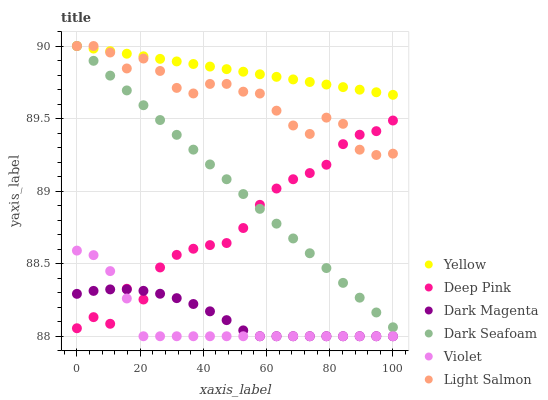
| xaxis_label | Yellow | Deep Pink | Dark Magenta | Dark Seafoam | Violet | Light Salmon |
 | --- | --- | --- | --- | --- | --- | --- |
 | 0 | 90 | 88.1 | 88.3 | 90 | 88.6 | 90 |
 | 5.26 | 90 | 88.1 | 88.3 | 89.9 | 88.6 | 90 |
 | 10.5 | 90 | 88.1 | 88.3 | 89.8 | 88.4 | 90 |
 | 15.8 | 89.9 | 88.3 | 88.3 | 89.7 | 88.3 | 89.8 |
 | 21.1 | 89.9 | 88.3 | 88.3 | 89.6 | 88 | 89.9 |
 | 26.3 | 89.9 | 88.5 | 88.3 | 89.5 | 88 | 89.8 |
 | 31.6 | 89.9 | 88.6 | 88.3 | 89.4 | 88 | 89.7 |
 | 36.8 | 89.9 | 88.6 | 88.2 | 89.3 | 88 | 89.7 |
 | 42.1 | 89.9 | 88.6 | 88.2 | 89.2 | 88 | 89.7 |
 | 47.4 | 89.8 | 88.6 | 88.1 | 89.1 | 88 | 89.7 |
 | 52.6 | 89.8 | 88.7 | 88 | 89 | 88 | 89.7 |
 | 57.9 | 89.8 | 88.9 | 88 | 88.9 | 88 | 89.7 |
 | 63.2 | 89.8 | 89 | 88 | 88.8 | 88 | 89.6 |
 | 68.4 | 89.8 | 89.1 | 88 | 88.7 | 88 | 89.5 |
 | 73.7 | 89.8 | 89.1 | 88 | 88.6 | 88 | 89.4 |
 | 78.9 | 89.7 | 89.2 | 88 | 88.5 | 88 | 89.5 |
 | 84.2 | 89.7 | 89.3 | 88 | 88.4 | 88 | 89.5 |
 | 89.5 | 89.7 | 89.4 | 88 | 88.3 | 88 | 89.3 |
 | 94.7 | 89.7 | 89.4 | 88 | 88.2 | 88 | 89.2 |
 | 100 | 89.7 | 89.5 | 88 | 88.1 | 88 | 89.3 |